Report on plague in the Punjab from October 1st ... to September 30th ..., being the ... season of plague in the province
Disease focus: Plague
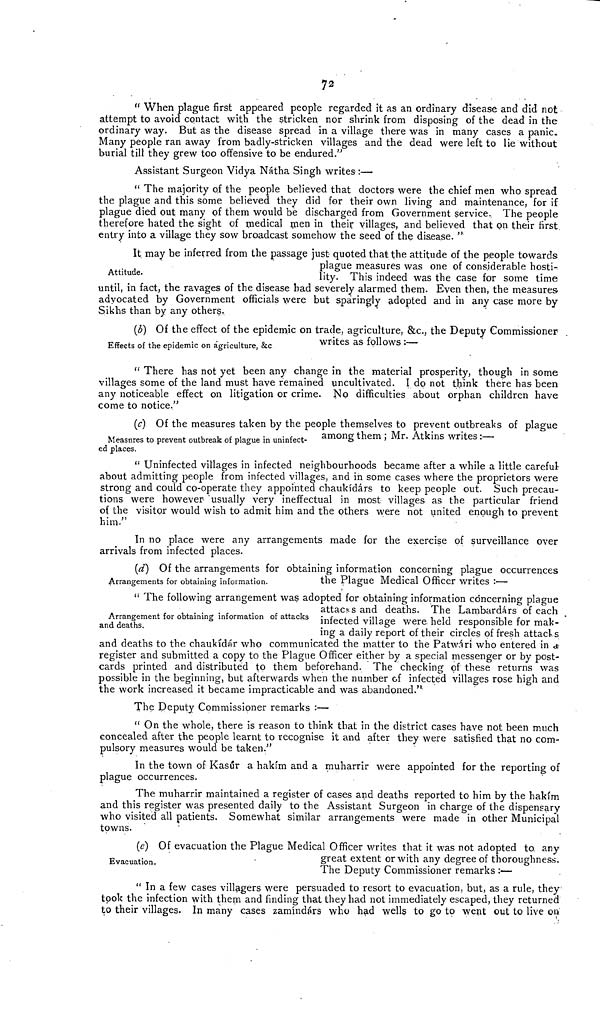
72
" When plague first appeared people regarded it as an ordinary disease and did not
attempt to avoid contact with the stricken nor shrink from disposing of the dead in the
ordinary way. But as the disease spread in a village there was in many cases a panic.
Many people ran away from badly-stricken villages and the dead were left to lie without
burial till they grew too offensive to be endured."
Assistant Surgeon Vidya Natha Singh writes :—
" The majority of the people believed that doctors were the chief men who spread
the plague and this some believed they did for their own living and maintenance, for if
plague died out many of them would be discharged from Government service.. The people
therefore hated the sight of medical men in their villages, and believed that on their first
entry into a village they sow broadcast somehow the seed of the disease. '*
Attitude.
It may be inferred from the passage just quoted that the attitude of the people towards
plague measures was one of considerable hosti-
lity. This indeed was the case for some time
until, in fact, the ravages of the disease had severely alarmed them. Even then, the measures
advocated by Government officials were but sparingly adopted and in any case more by
Sikhs than by any others.
Effects of the epidemic on agriculture, &c
(b) Of the effect of the epidemic on trade, agriculture, &c, the Deputy Commissioner-
writes as follows:—
" There has not yet been any change in the material prosperity, though in some
villages some of the land must have remained uncultivated. I do not tfyink there has been
any noticeable effect on litigation or crime. No difficulties about orphan children have
come to notice."
Measnres to prevent outbreak of plague in uninfect-
ed places.
(c) Of the measures taken by the people themselves to prevent outbreaks of plague
among them ; Mr. Atkins writes :—
" Uninfected villages in infected neighbourhoods became after a while a little careful-
about admitting people from infected villages, and in some cases where the proprietors were
strong and could co-operate they appointed cbaukidars to keep people out. Such precau-
tions were however "usually very ineffectual in most villages as the particular friend
of the visitor would wish to admit him and the others were not united enough to prevent
him."
In no place were any arrangements made for the exercise of surveillance over
arrivals from infected places.
Arrangements for obtaining information.
{d) Of the arrangements for obtaining information concerning plague occurrences
the Plague Medical Officer writes :—
Arrangement for obtaining information of attacks
and deaths.
" The following arrangement was adopted for obtaining information concerning plague
attacks and deaths. The Lambardars of each
infected village were held responsible for mak-
ing a daily report of their circles of fresh attacks
and deaths to the chaukidiir who communicated the matter to the Patw.4ri who entered in a-
register and submitted a copy to the Plague Officer either by a special messenger or by post-
cards printed and distributed to them beforehand. The checking of these returns was
possible in the beginning, but afterwards when the number cf infected villages rose high and
the work increased it became impracticable and was abandoned. u
The Deputy Commissioner remarks :—
" On the whole, there is reason to think that in the district cases have not been much
concealed after the people learnt to recognise it and after they were satisfied that no com-
pulsory measures would be taken."
In the town of Kasur a hakfm and a muharrir were appointed for the reporting of
plague occurrences.
The muharrir maintained a register of cases and deaths reported to him by the hakfm
and this register was presented daily to the Assistant Surgeon in charge of the dispensary
who visited all patients. Somewhat similar arrangements were made in other Municipal
towns.
Evacuation.
(e) Of evacuation the Plague Medical Officer writes that it was not adopted to any
great extent or with any degree of thoroughness.
The Deputy Commissioner remarks :—
" In a few cases villagers were persuaded to resort to evacuation, but, as a rule, they
took the infection with them and finding that they had not immediately escaped, they returned
to their villages. In many cases zamindars who had wells to go to went out to live oi>